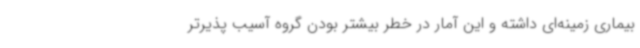
بیماری زمینه‌ای داشته و این آمار در خطر بیشتر بودن گروه آسیب پذیرتر